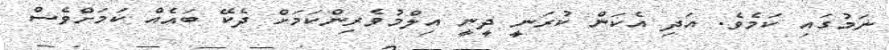
ނަމުގައި ކަމެވެ. އަދި އެކަން ކުރަނީ ދީނީ އިލްމުވެރިންކަމަށް ދެކޭ ބައެއް ކަމަށްވެސް